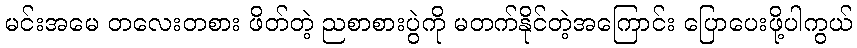
မင်းအမေ တလေးတစား ဖိတ်တဲ့ ညစာစားပွဲကို မတက်နိုင်တဲ့အကြောင်း ပြောပေးဖို့ပါကွယ်